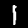
Digit: 1